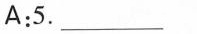
A:5. ___